Report on the working of the Ranchi Indian Mental Hospital, Kanke, in Bihar and Orissa - 1930-1940
Year: 1930
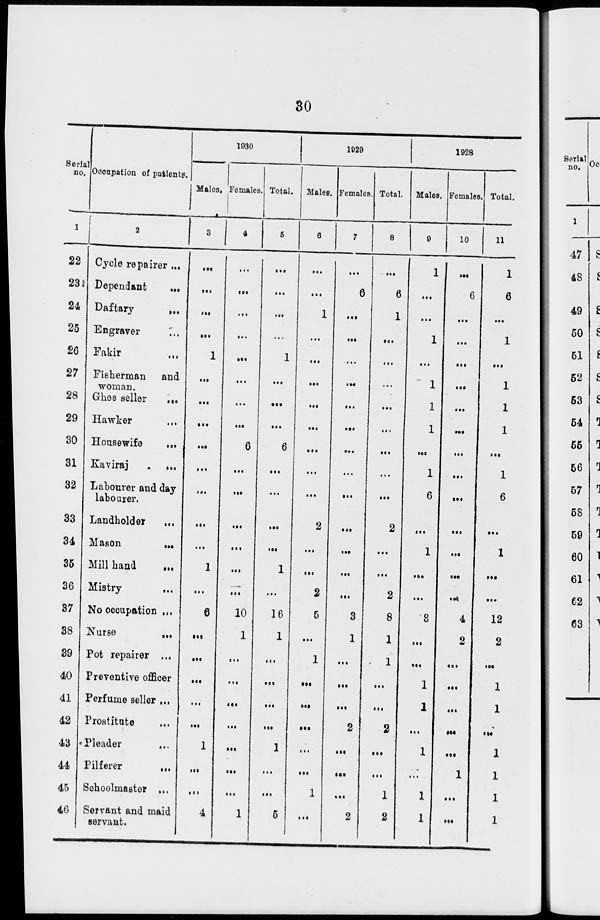
30
Serial
no.
1
22
23
24
25
26
27
28
29
30
31
32
33
34
35
36
37
38
39
40
41
42
43
44
45
46
Occupation of patients.
2
Cycle repairer ...
Dependant
...
Daftary
...
Engraver ...
Fakir ...
Fisherman and
woman.
Ghee seller
...
Hawker ...
Housewife
...
Kaviraj
...
Labourer and day
labourer.
Landholder ...
Mason ...
Mill hand
...
Mistry ...
No occupation ...
Nurse
...
Pot repairer ...
Preventive officer ...
Perfume seller ...
Prostitute ...
Pleader
...
Pilferer
...
Schoolmaster ...
Servant and maid
servant.
1930
Males.
3
...
...
...
...
1
...
...
...
...
...
...
...
...
1
...
6
...
...
...
...
...
1
...
...
4
Females.
4
...
...
...
...
...
...
...
...
6
...
...
...
...
...
...
10
1
...
...
...
...
...
...
...
1
Total.
5
...
...
...
...
1
...
...
...
6
...
...
...
...
1
...
16
1
...
...
...
...
1
...
...
5
1929
Males.
6
...
...
1
...
...
...
...
...
...
...
...
2
...
...
2
5
...
1
...
...
...
...
...
1
...
Females.
7
...
6
...
...
...
...
...
...
...
...
...
...
...
...
...
3
1
...
...
...
2
...
...
...
2
Total.
8
...
6
1
...
...
...
...
...
...
...
...
2
...
...
2
8
1
1
...
...
2
...
...
1
2
1928
Males.
9
1
...
...
1
...
1
1
1
...
1
6
...
1
...
...
8
...
...
1
1
...
1
...
1
1
Females.
10
...
6
...
...
...
...
...
...
...
...
...
...
...
...
...
4
2
...
...
...
...
...
1
...
...
Total.
11
1
6
...
1
...
1
1
1
...
1
6
...
1
...
...
12
2
...
1
1
...
1
1
1
1